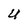
Character: U